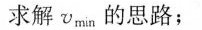
求解v_{min}的思路；